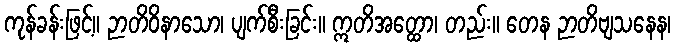
ကုန်ခန်းဖြင့်။ ဉာတိဝိနာသော၊ ပျက်စီးခြင်း။ ဣတိအတ္ထော၊ တည်း။ တေန ဉာတိဗျသနေန၊